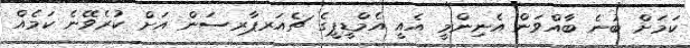
ކަމަށް ބުނެ ބާއްވަން އެނިންމީ އެއީ އެމްޑީޕީގެ ޗެއަރޕާރސަން އަށް ކުރެވޭނެ ކަމެއް